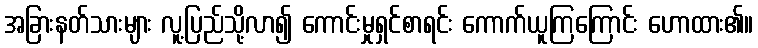
အခြားနတ်သားများ လူ့ပြည်သို့လာ၍ ကောင်းမှုရှင်စာရင်း ကောက်ယူကြကြောင်း ဟောထား၏။